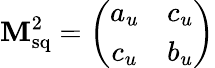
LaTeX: \mathbf M_{\mathrm{sq}}^{2}=\left(\begin{array}{cc}{{a_{u}}}&{{c_{u}}}\\ {{c_{u}}}&{{b_{u}}}\end{array}\right)